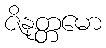
ဇိနုတ္တမော